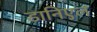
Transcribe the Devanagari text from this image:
डानिएल